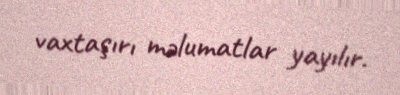
vaxtaşırı məlumatlar yayılır.